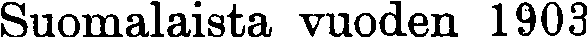
Suomalaista vuoden 1903